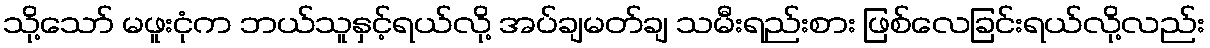
သို့သော် မဖူးငုံက ဘယ်သူနှင့်ရယ်လို့ အပ်ချမတ်ချ သမီးရည်းစား ဖြစ်လေခြင်းရယ်လို့လည်း